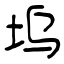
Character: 坞